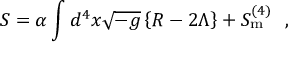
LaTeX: S = \alpha \int d ^ { 4 } x \sqrt { - g } \left\{ R - 2 \Lambda \right\} + S _ { \mathrm { { m } } } ^ { ( 4 ) } \, \, \, \, ,